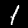
Digit: 1